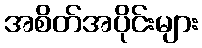
အစိတ်အပိုင်းများ